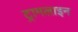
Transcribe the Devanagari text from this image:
ट्रामलाइन